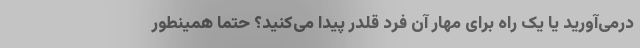
در‌می‌آورید یا یک راه برای مهار آن فرد قلدر پیدا می‌کنید؟ حتما همینطور